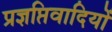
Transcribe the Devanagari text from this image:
प्रज्ञप्तिवादियों